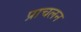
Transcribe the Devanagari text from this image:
प्राचलन